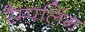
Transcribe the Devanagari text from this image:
रैम्पलिंग